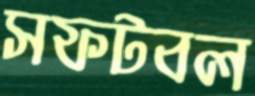
সফটবল